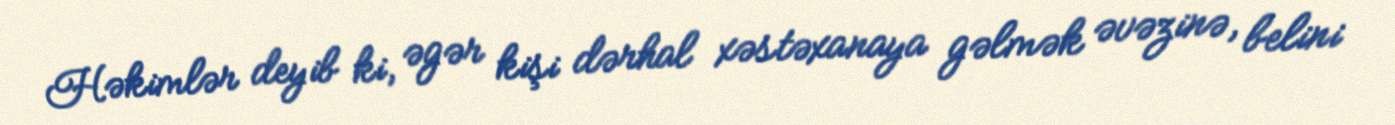
Həkimlər deyib ki, əgər kişi dərhal xəstəxanaya gəlmək əvəzinə, belini